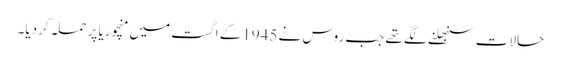
حالات سنبھلنے لگے تھے جب روس نے 1945کے اگست میں منچوریا پر حملہ کردیا۔